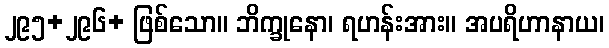
၂၉၅+၂၉၆+ ဖြစ်သော။ ဘိက္ခုနော၊ ရဟန်းအား။ အပရိဟာနာယ၊